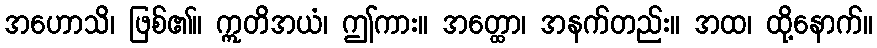
အဟောသိ၊ ဖြစ်၏။ ဣတိအယံ၊ ဤကား။ အတ္ထော၊ အနက်တည်း။ အထ၊ ထို့နောက်။